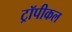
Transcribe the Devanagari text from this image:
ट्रॉपीकल